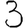
Digit: 3